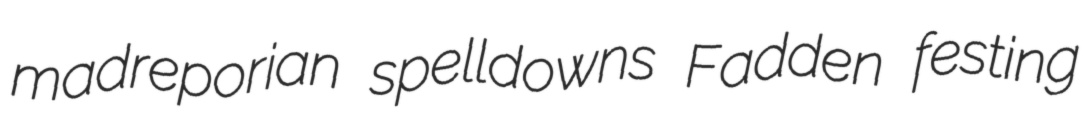
madreporian spelldowns Fadden festing